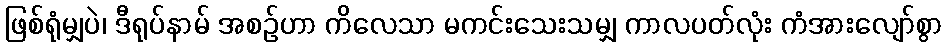
ဖြစ်ရုံမျှပဲ၊ ဒီရုပ်နာမ် အစဉ်ဟာ ကိလေသာ မကင်းသေးသမျှ ကာလပတ်လုံး ကံအားလျော်စွာ